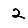
Digit: 2